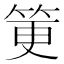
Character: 筻